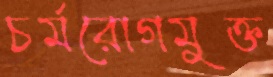
চর্মরোগমুক্ত